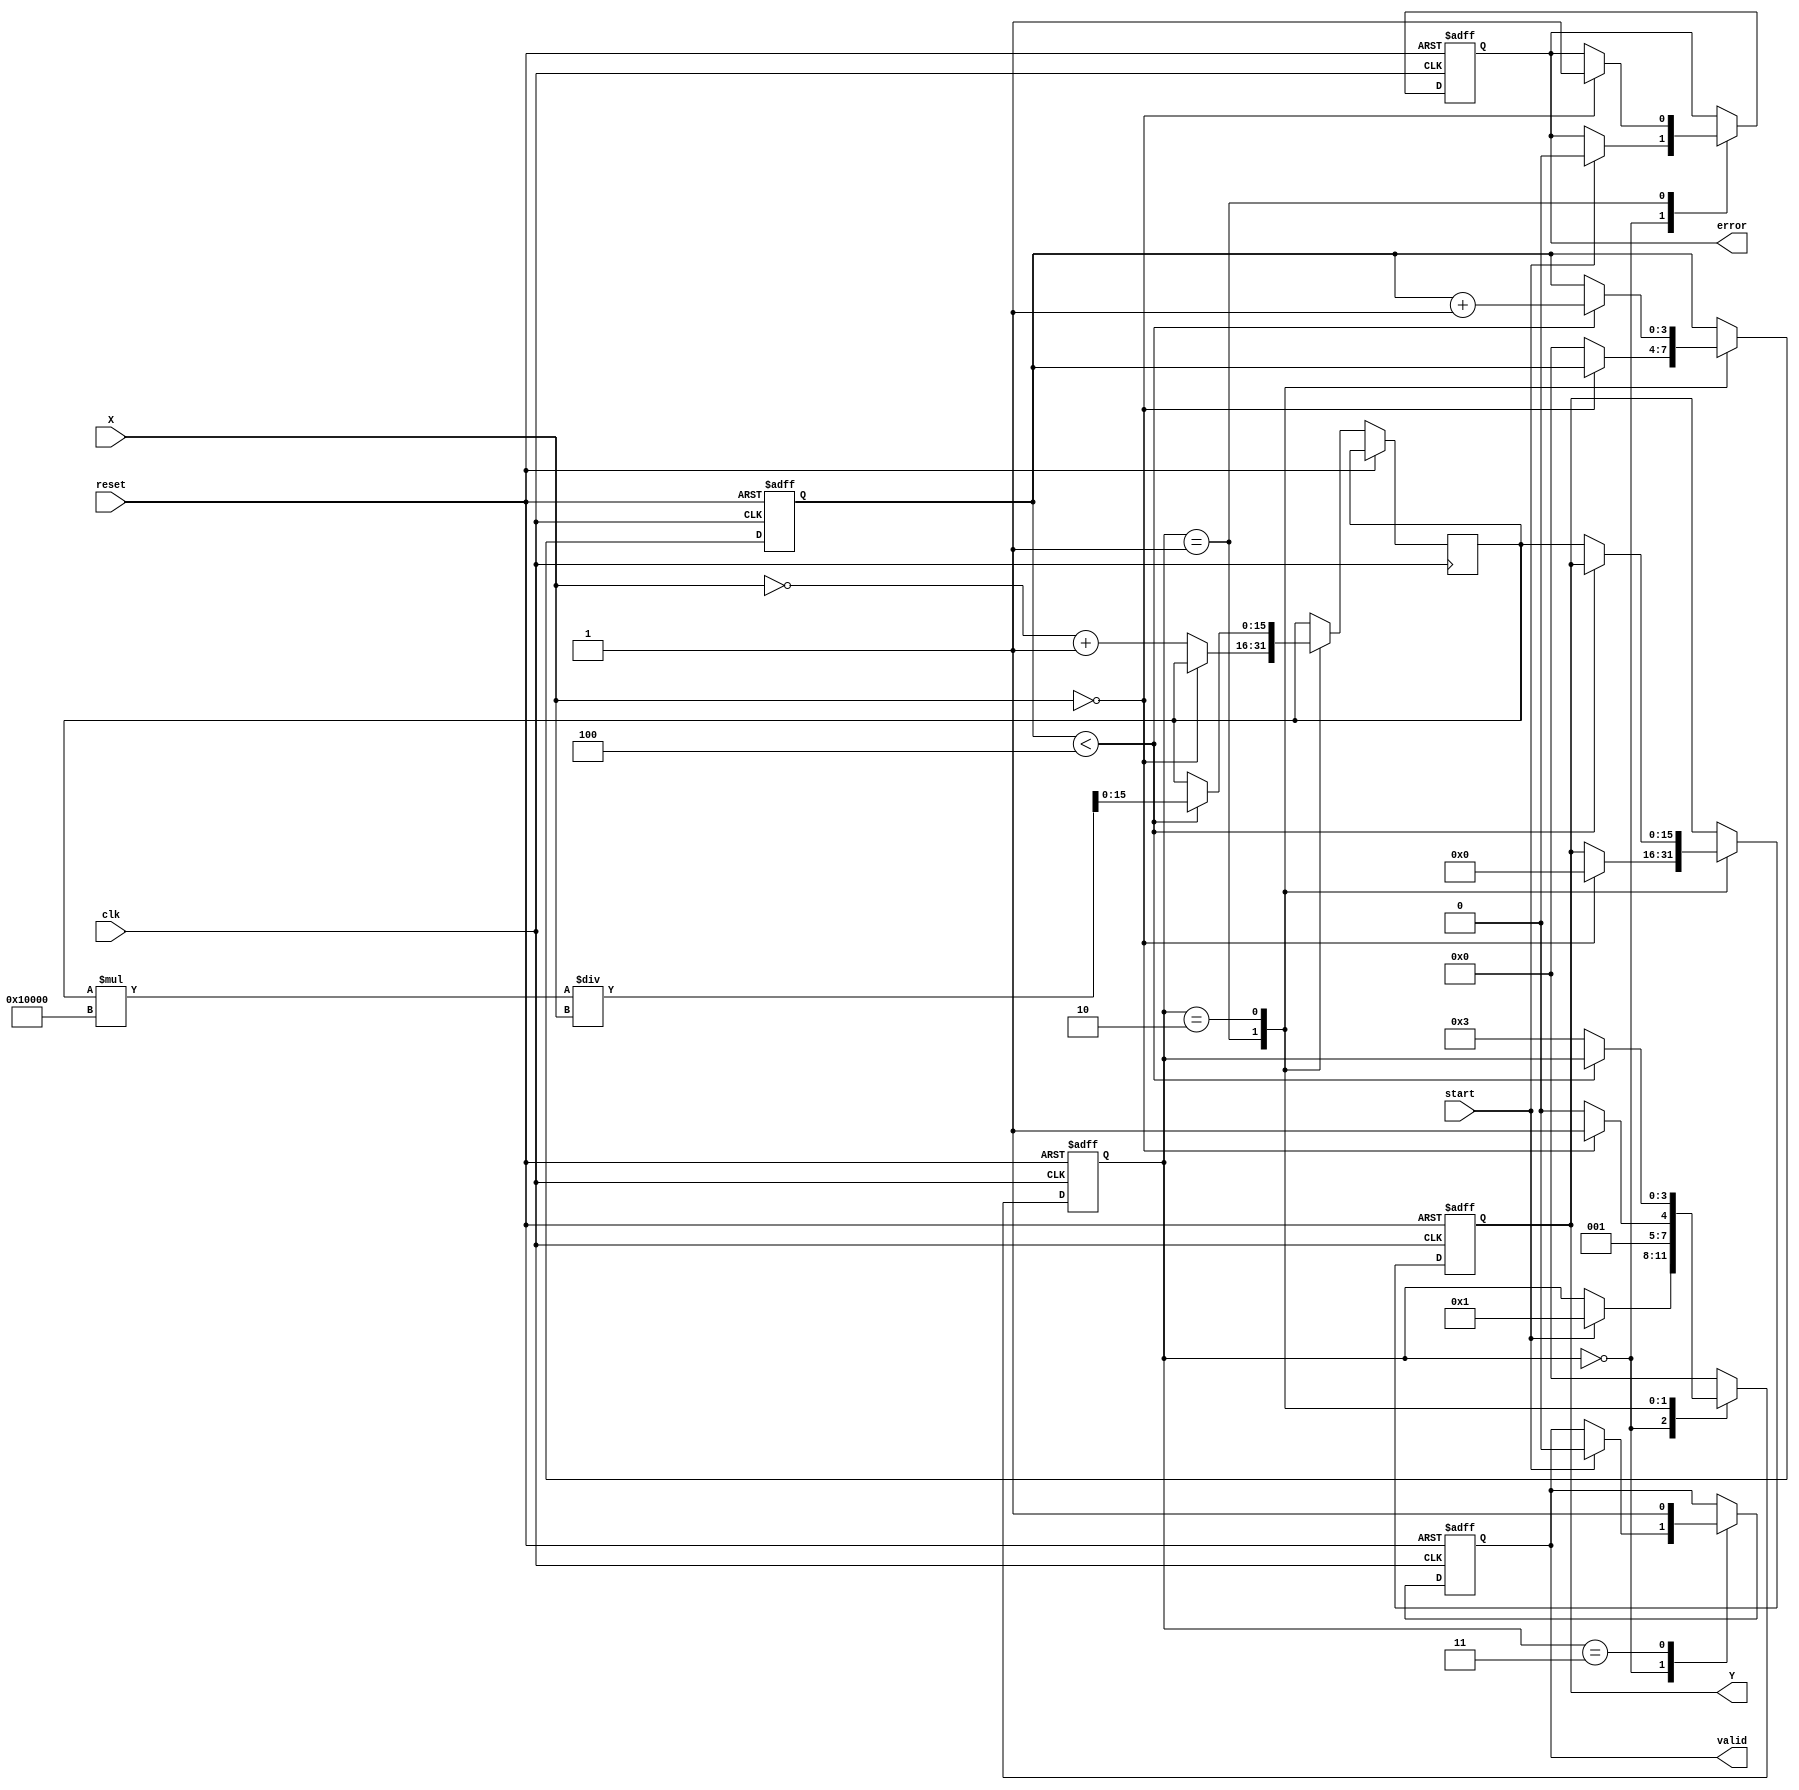
module DirectReciprocalUnit #(
    parameter WIDTH = 16 // Width of input/output
) (
    input wire clk,           // Clock signal
    input wire reset,         // Reset signal
    input wire start,         // Start signal
    input wire [WIDTH-1:0] X, // Input data
    output reg [WIDTH-1:0] Y, // Reciprocal result
    output reg valid,         // Valid output signal
    output reg error          // Error flag
);

    // Internal states
    reg [3:0] state;          // State for FSM
    reg [WIDTH-1:0] reciprocal; // Intermediate reciprocal value
    reg [3:0] iteration;      // Iteration counter for calculation

    // State encoding
    localparam IDLE          = 4'b0000,
               CHECK_ZERO    = 4'b0001,
               CALC_RECIPROCAL = 4'b0010,
               OUTPUT        = 4'b0011;

    // FSM for DRU operation
    always @(posedge clk or posedge reset) begin
        if (reset) begin
            state <= IDLE;
            valid <= 0;
            error <= 0;
            Y <= 0;
            iteration <= 0;
        end else begin
            case (state)
                IDLE: begin
                    if (start) begin
                        state <= CHECK_ZERO;
                        valid <= 0;
                        error <= 0;
                    end
                end

                CHECK_ZERO: begin
                    if (X == 0) begin
                        error <= 1; // Set error flag for division by zero
                        Y <= 0; // Output zero on error
                        state <= OUTPUT;
                    end else begin
                        reciprocal <= ~X + 1; // Initial guess for reciprocal
                        iteration <= 0; // Reset iteration count
                        state <= CALC_RECIPROCAL;
                    end
                end

                CALC_RECIPROCAL: begin
                    if (iteration < 4) begin // Limit iterations for convergence
                        reciprocal <= reciprocal * (2**WIDTH) / X; // Update reciprocal
                        iteration <= iteration + 1;
                    end else begin
                        Y <= reciprocal; // Final reciprocal result
                        state <= OUTPUT;
                    end
                end

                OUTPUT: begin
                    valid <= 1; // Set valid output
                    state <= IDLE; // Go back to idle state
                end

                default: state <= IDLE; // Default state
            endcase
        end
    end
endmodule